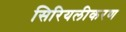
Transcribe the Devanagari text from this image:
सिरियलीकरण